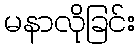
မနာလိုခြင်း